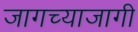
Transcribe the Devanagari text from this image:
जागच्याजागी